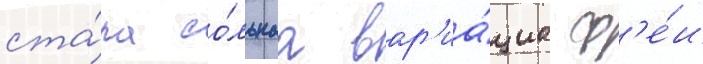
ста́ла со́льнаа вар'иа́циа ф'е́и